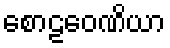
စောဠဝေဏိယာ